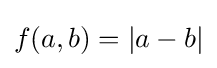
f(a,b)=|a-b|